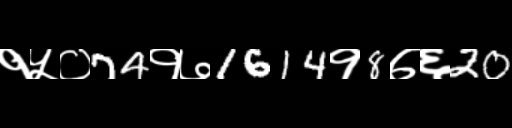
Text: १५०74१७1614१8७६20